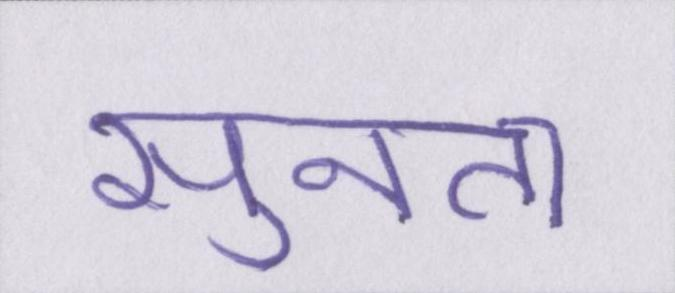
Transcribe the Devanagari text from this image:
सुनता